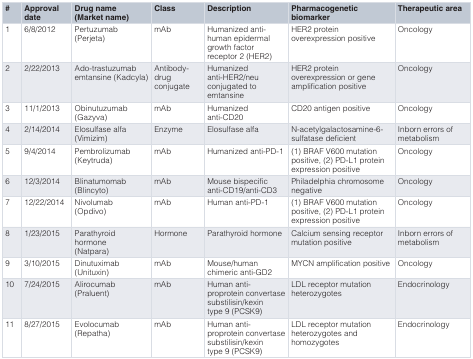
| # | Approvaldate | Drug name(Market name) | Class | Description | Pharmacogeneticbiomarker | Therapeutic area |
 | --- | --- | --- | --- | --- | --- | --- |
 | 1 | 6/8/2012 | Pertuzumab(Perjeta) | mAb | Humanized anti-human epidermalgrowth factor receptor 2 (HER2) | HER2 proteinoverexpression positive | Oncology |
 | 2 | 2/22/2013 | Ado-trastuzumabemtansine(Kadcyla) | Antibody-drug conjugate | Humanizedanti-HER2/neuconjugated toemtansine | HER2 proteinoverexpression or geneamplification positive | Oncology |
 | 3 | 11/1/2013 | Obinutuzumab(Gazyva) | mAb | Humanizedanti-CD20 | CD20 antigen positive | Oncology |
 | 4 | 2/14/2014 | Elosulfase alfa(Vimizim) | Enzyme | Elosulfase alfa | N-acetylgalactosamine-6-sulfatase deficient | Inborn errors ofmetabolism |
 | 5 | 9/4/2014 | Pembrolizumab(Keytruda) | mAb | Humanized anti-PD-1 | (1) BRAF V600 mutationpositive, (2) PD-L1 proteinexpression positive | Oncology |
 | 6 | 12/3/2014 | Blinatumomab(Blincyto) | mAb | Mouse bispecificanti-CD19/anti-CD3 | Philadelphia chromosomenegative | Oncology |
 | 7 | 12/22/2014 | Nivolumab(Opdivo) | mAb | Human anti-PD-1 | (1) BRAF V600 mutationpositive, (2) PD-L1 proteinexpression positive | Oncology |
 | 8 | 1/23/2015 | Parathyroidhormone(Natpara) | Hormone | Parathyroid hormone | Calcium sensing receptormutation positive | Inborn errors ofmetabolism |
 | 9 | 3/10/2015 | Dinutuximab(Unituxin) | mAb | Mouse/humanchimeric anti-GD2 | MYCN amplification positive | Oncology |
 | 10 | 7/24/2015 | Alirocumab(Praluent) | mAb | Human anti-proproteinconvertasesubstilisin/kexintype 9 (PCSK9) | LDL receptor mutationheterozygotes | Endocrinology |
 | 11 | 8/27/2015 | Evolocumab(Repatha) | mAb | Human anti-proproteinconvertasesubstilisin/kexintype 9 (PCSK9) | LDL receptor mutationheterozygotes andhomozygotes | Endocrinology |